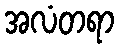
အလံတရာ